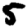
Digit: 5